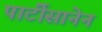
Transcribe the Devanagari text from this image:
पार्टीसानेन